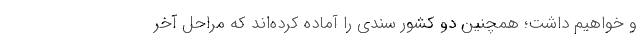
و خواهیم داشت؛ همچنین دو کشور سندی را آماده کرده‌اند که مراحل آخر